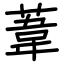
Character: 葦